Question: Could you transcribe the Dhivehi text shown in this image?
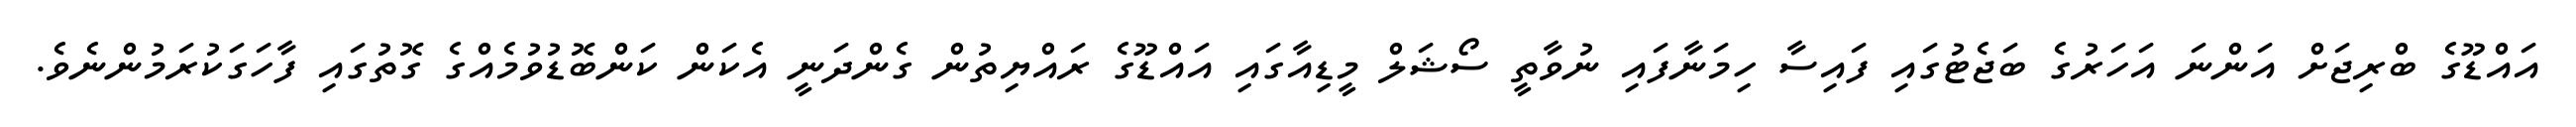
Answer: އައްޑޫގެ ބްރިޖަށް އަންނަ އަހަރުގެ ބަޖެޓުގައި ފައިސާ ހިމަނާފައި ނުވާތީ ސޯޝަލް މީޑިއާގައި އައްޑޫގެ ރައްޔިތުން ގެންދަނީ އެކަން ކަންބޮޑުވުމެއްގެ ގޮތުގައި ފާހަގަކުރަމުންނެވެ.